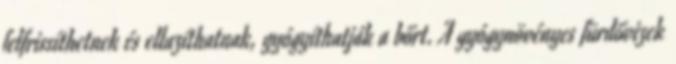
felfrissíthetnek és ellazíthatnak, gyógyíthatják a bőrt. A gyógynövényes fürdővizek